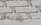
بالأعمال